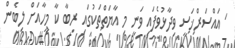
' އައްސަރްޚަސީ ވިދާޅުވެފައި ވަނީ މި އާޔަތްތަކުގައި ރިބާ ކާ މީހާއަށް ލިބެން